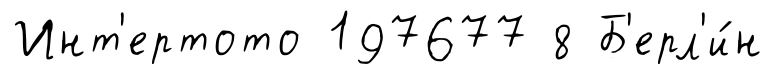
Инт'ертото 197677 8 Б'ерл'и́н